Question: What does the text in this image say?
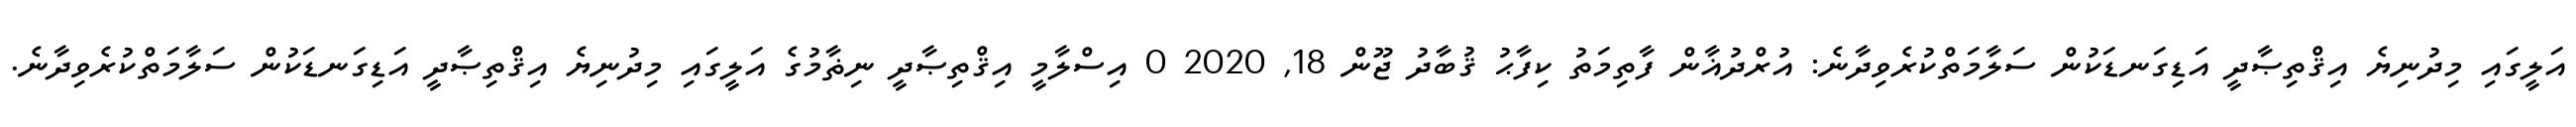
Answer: އަލީގައި މިދުނިޔެ އިޤްތިޞާދީ އަޑިގަނޑަކުން ސަލާމަތްކުރެވިދާނެ: އުރްދުޣާން ފާތިމަތު ކިފާޙު ޤުބާދު ޖޫން 18, 2020 0 އިސްލާމީ އިޤްތިޞާދީ ނިޡާމުގެ އަލީގައި މިދުނިޔެ އިޤްތިޞާދީ އަޑިގަނޑަކުން ސަލާމަތްކުރެވިދާނެ.